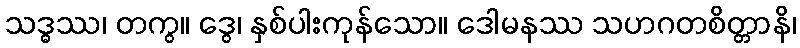
သဒ္ဓဿ၊ တကွ။ ဒွေ၊ နှစ်ပါးကုန်သော။ ဒေါမနဿ သဟဂတစိတ္တာနိ၊